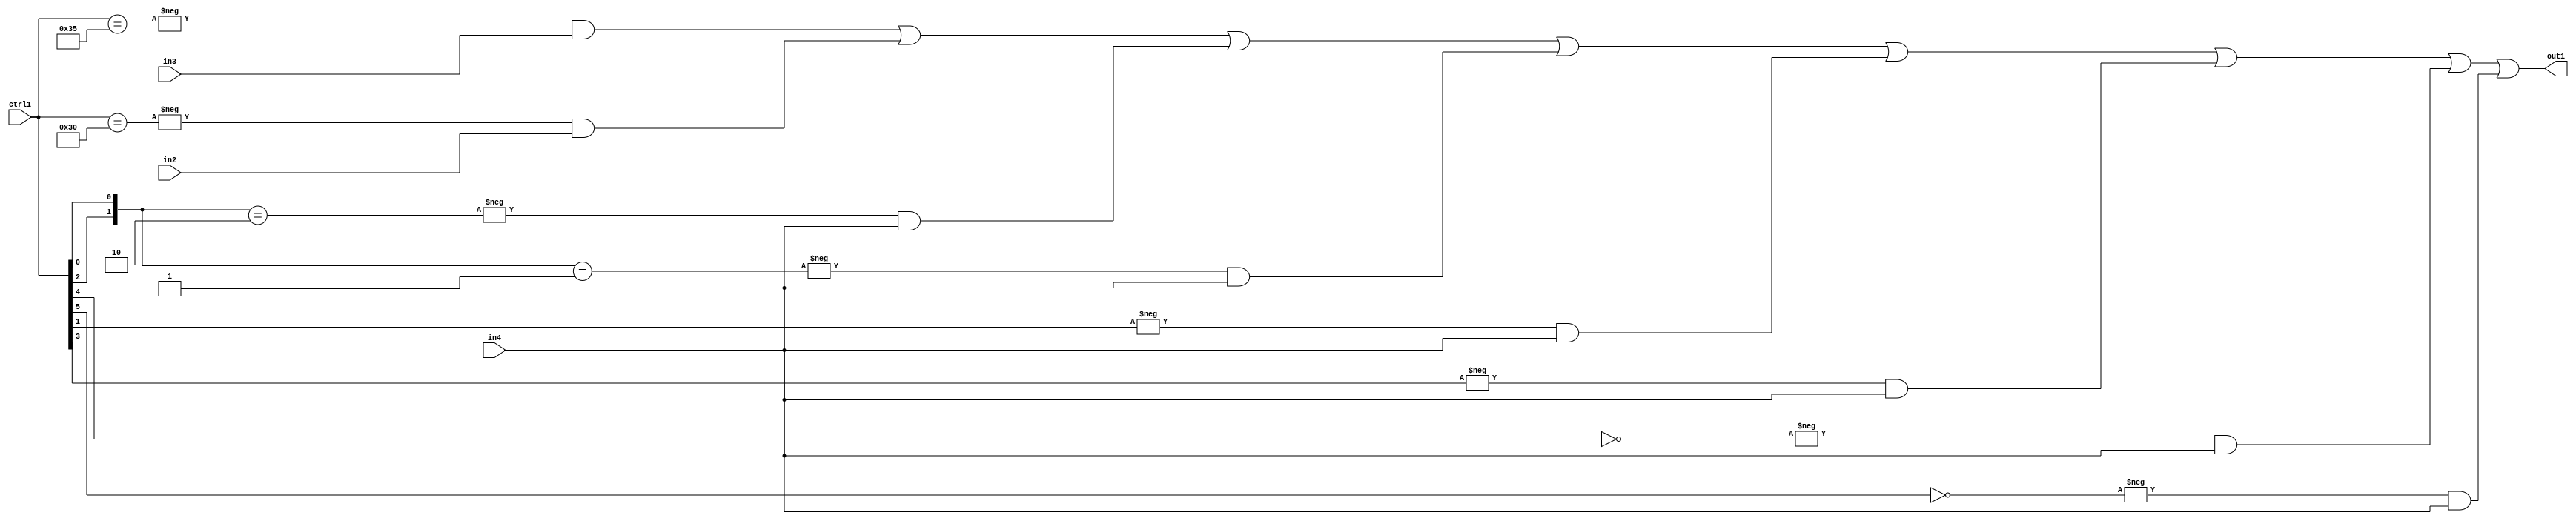
`timescale 1ps / 1ps
/*****************************************************************************
    Verilog RTL Description
    
    
    Created by: Stratus DpOpt 21.05.01 
*******************************************************************************/

module SobelFilter_N_Mux_32_3_108_4 (
	in4,
	in3,
	in2,
	ctrl1,
	out1
	); /* architecture "behavioural" */ 
input [31:0] in4;
input [8:0] in3,
	in2;
input [5:0] ctrl1;
output [31:0] out1;
wire [31:0] asc001;

assign asc001 = 
	-{ctrl1 == 6'B110101} & in3 |
	-{ctrl1 == 6'B110000} & in2 |
	-{{ctrl1[2], ctrl1[0]} == 2'B10} & in4 |
	-{{ctrl1[2], ctrl1[0]} == 2'B01} & in4 |
	-{ctrl1[1] == 1'B1} & in4 |
	-{ctrl1[3] == 1'B1} & in4 |
	-{ctrl1[4] == 1'B0} & in4 |
	-{ctrl1[5] == 1'B0} & in4 ;

assign out1 = asc001;
endmodule

/* CADENCE  vrH1Tw0= : u9/ySxbfrwZIxEzHVQQV8Q== ** DO NOT EDIT THIS LINE ******/